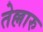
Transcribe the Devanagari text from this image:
तेल्लारु